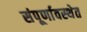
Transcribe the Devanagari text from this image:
संपूर्णावस्थेत